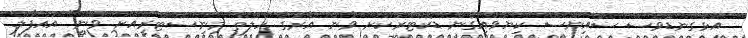
އަޅުގަނޑުވެސް ސައިންސް ކިޔަވައިގެން ޑޮކްޓަރަކަށް ވާން އޭރުގެ ހެލްތް މިނިސްޓްރީއަށް ވަނީ" އައްފާލް